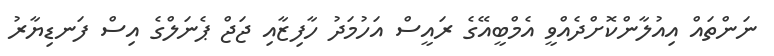
ނަންތައް އިއުލާންކޮށްދެއްވީ އެމްބީއޭގެ ރައީސް އަހުމަދު ހާފިޒާއި ޖަޖް ޕެނަލްގެ އިސް ފަނޑިޔާރު